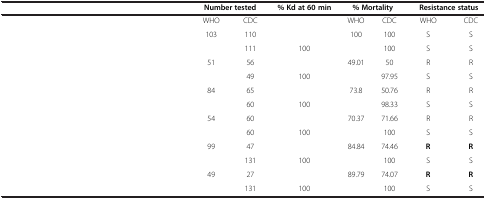
<table><thead><tr><td colspan="2">[EMPTY_CELL]</td><td colspan="2"><b>Number tested</b></td><td><b>% Kd at 60 min</b></td><td colspan="2"><b>% Mortality</b></td><td colspan="2"><b>Resistance status</b></td></tr></thead><tbody><tr><td>[EMPTY_CELL]</td><td>[EMPTY_CELL]</td><td>WHO</td><td>CDC</td><td>[EMPTY_CELL]</td><td>WHO</td><td>CDC</td><td>WHO</td><td>CDC</td></tr><tr><td rowspan="2">[EMPTY_CELL]</td><td>[EMPTY_CELL]</td><td>103</td><td>110</td><td>[EMPTY_CELL]</td><td>100</td><td>100</td><td>S</td><td>S</td></tr><tr><td>[EMPTY_CELL]</td><td>[EMPTY_CELL]</td><td>111</td><td>100</td><td>[EMPTY_CELL]</td><td>100</td><td>S</td><td>S</td></tr><tr><td rowspan="2">[EMPTY_CELL]</td><td>[EMPTY_CELL]</td><td>51</td><td>56</td><td>[EMPTY_CELL]</td><td>49.01</td><td>50</td><td>R</td><td>R</td></tr><tr><td>[EMPTY_CELL]</td><td>[EMPTY_CELL]</td><td>49</td><td>100</td><td>[EMPTY_CELL]</td><td>97.95</td><td>S</td><td>S</td></tr><tr><td rowspan="2">[EMPTY_CELL]</td><td>[EMPTY_CELL]</td><td>84</td><td>65</td><td>[EMPTY_CELL]</td><td>73.8</td><td>50.76</td><td>R</td><td>R</td></tr><tr><td>[EMPTY_CELL]</td><td>[EMPTY_CELL]</td><td>60</td><td>100</td><td>[EMPTY_CELL]</td><td>98.33</td><td>S</td><td>S</td></tr><tr><td rowspan="2">[EMPTY_CELL]</td><td>[EMPTY_CELL]</td><td>54</td><td>60</td><td>[EMPTY_CELL]</td><td>70.37</td><td>71.66</td><td>R</td><td>R</td></tr><tr><td>[EMPTY_CELL]</td><td>[EMPTY_CELL]</td><td>60</td><td>100</td><td>[EMPTY_CELL]</td><td>100</td><td>S</td><td>S</td></tr><tr><td rowspan="2">[EMPTY_CELL]</td><td>[EMPTY_CELL]</td><td>99</td><td>47</td><td>[EMPTY_CELL]</td><td>84.84</td><td>74.46</td><td><b>R</b></td><td><b>R</b></td></tr><tr><td>[EMPTY_CELL]</td><td>[EMPTY_CELL]</td><td>131</td><td>100</td><td>[EMPTY_CELL]</td><td>100</td><td>S</td><td>S</td></tr><tr><td rowspan="2">[EMPTY_CELL]</td><td>[EMPTY_CELL]</td><td>49</td><td>27</td><td>[EMPTY_CELL]</td><td>89.79</td><td>74.07</td><td><b>R</b></td><td><b>R</b></td></tr><tr><td>[EMPTY_CELL]</td><td>[EMPTY_CELL]</td><td>131</td><td>100</td><td>[EMPTY_CELL]</td><td>100</td><td>S</td><td>S</td></tr></tbody></table>